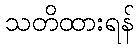
သတိထားရန်